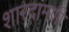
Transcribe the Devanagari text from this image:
शारदामणी